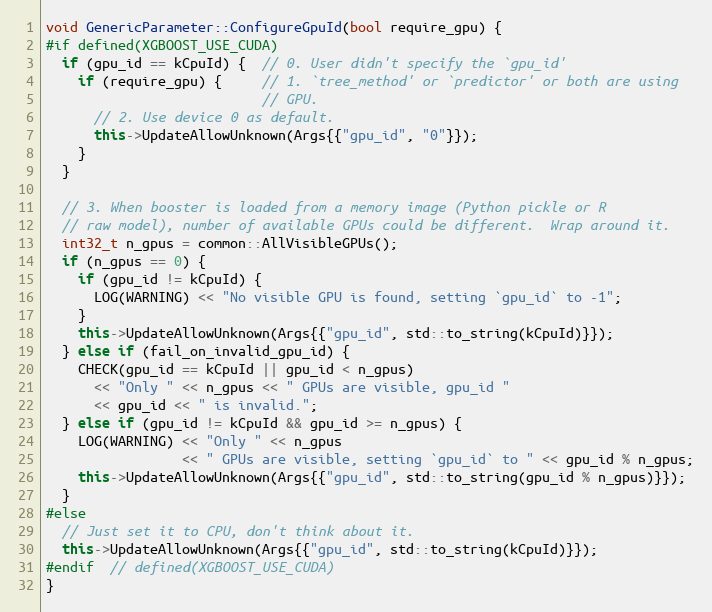
Language: C++
void GenericParameter::ConfigureGpuId(bool require_gpu) {
#if defined(XGBOOST_USE_CUDA)
  if (gpu_id == kCpuId) {  // 0. User didn't specify the `gpu_id'
    if (require_gpu) {     // 1. `tree_method' or `predictor' or both are using
                           // GPU.
      // 2. Use device 0 as default.
      this->UpdateAllowUnknown(Args{{"gpu_id", "0"}});
    }
  }

  // 3. When booster is loaded from a memory image (Python pickle or R
  // raw model), number of available GPUs could be different.  Wrap around it.
  int32_t n_gpus = common::AllVisibleGPUs();
  if (n_gpus == 0) {
    if (gpu_id != kCpuId) {
      LOG(WARNING) << "No visible GPU is found, setting `gpu_id` to -1";
    }
    this->UpdateAllowUnknown(Args{{"gpu_id", std::to_string(kCpuId)}});
  } else if (fail_on_invalid_gpu_id) {
    CHECK(gpu_id == kCpuId || gpu_id < n_gpus)
      << "Only " << n_gpus << " GPUs are visible, gpu_id "
      << gpu_id << " is invalid.";
  } else if (gpu_id != kCpuId && gpu_id >= n_gpus) {
    LOG(WARNING) << "Only " << n_gpus
                 << " GPUs are visible, setting `gpu_id` to " << gpu_id % n_gpus;
    this->UpdateAllowUnknown(Args{{"gpu_id", std::to_string(gpu_id % n_gpus)}});
  }
#else
  // Just set it to CPU, don't think about it.
  this->UpdateAllowUnknown(Args{{"gpu_id", std::to_string(kCpuId)}});
#endif  // defined(XGBOOST_USE_CUDA)
}